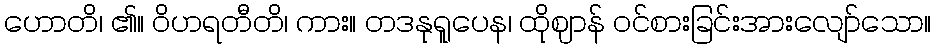
ဟောတိ၊ ၏။ ဝိဟရတီတိ၊ ကား။ တဒနုရူပေန၊ ထိုဈာန် ဝင်စားခြင်းအားလျော်သော။